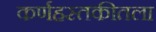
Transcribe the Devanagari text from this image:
कर्णहस्तकीतला